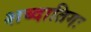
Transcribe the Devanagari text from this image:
शब्दातिगः